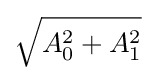
{\sqrt {A_{0}^{2}+A_{1}^{2}}}